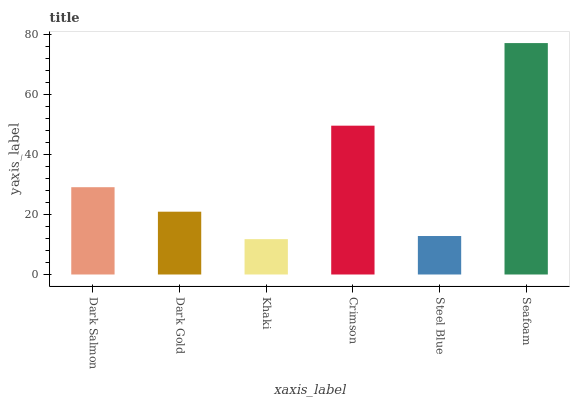
| xaxis_label | bars |
 | --- | --- |
 | Dark Salmon | 29.2 |
 | Dark Gold | 21 |
 | Khaki | 11.8 |
 | Crimson | 49.7 |
 | Steel Blue | 12.9 |
 | Seafoam | 77.3 |